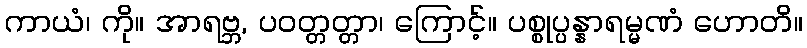
ကာယံ၊ ကို။ အာရဗ္ဘ, ပဝတ္တတ္တာ၊ ကြောင့်။ ပစ္စုပ္ပန္နာရမ္မဏံ ဟောတိ။